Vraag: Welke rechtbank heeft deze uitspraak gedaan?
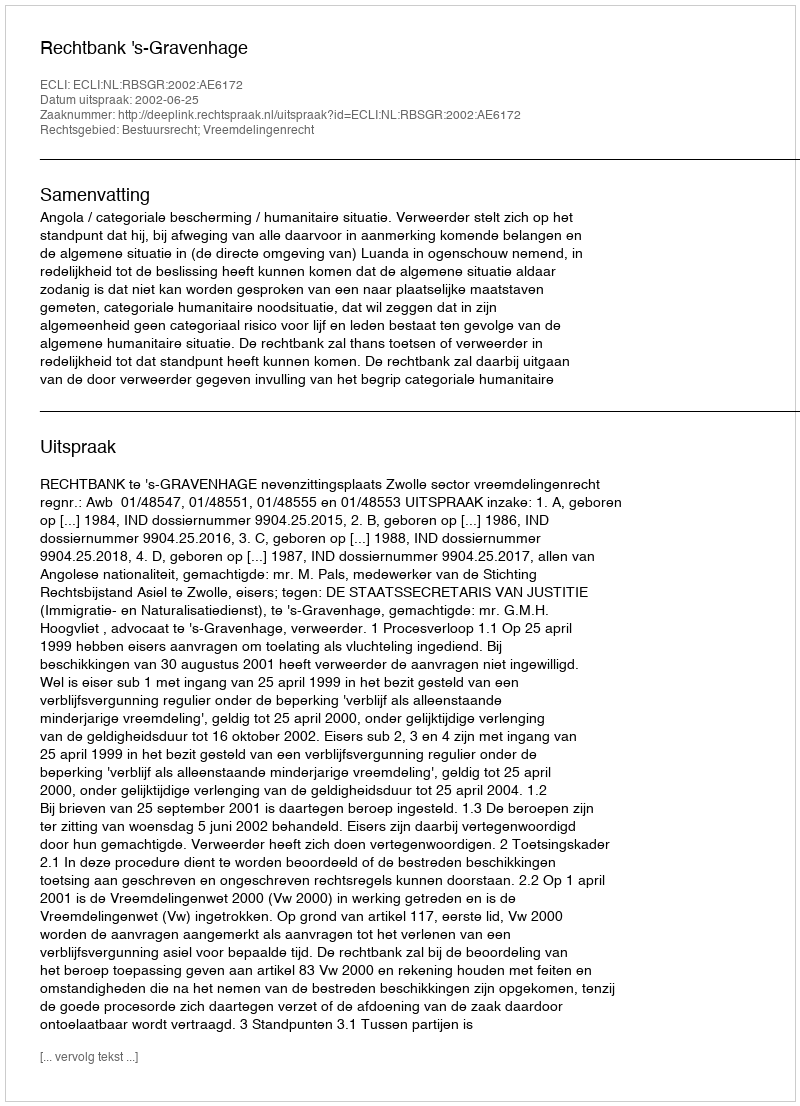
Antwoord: Rechtbank 's-Gravenhage